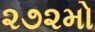
૨૭૨મો